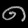
Digit: ၈